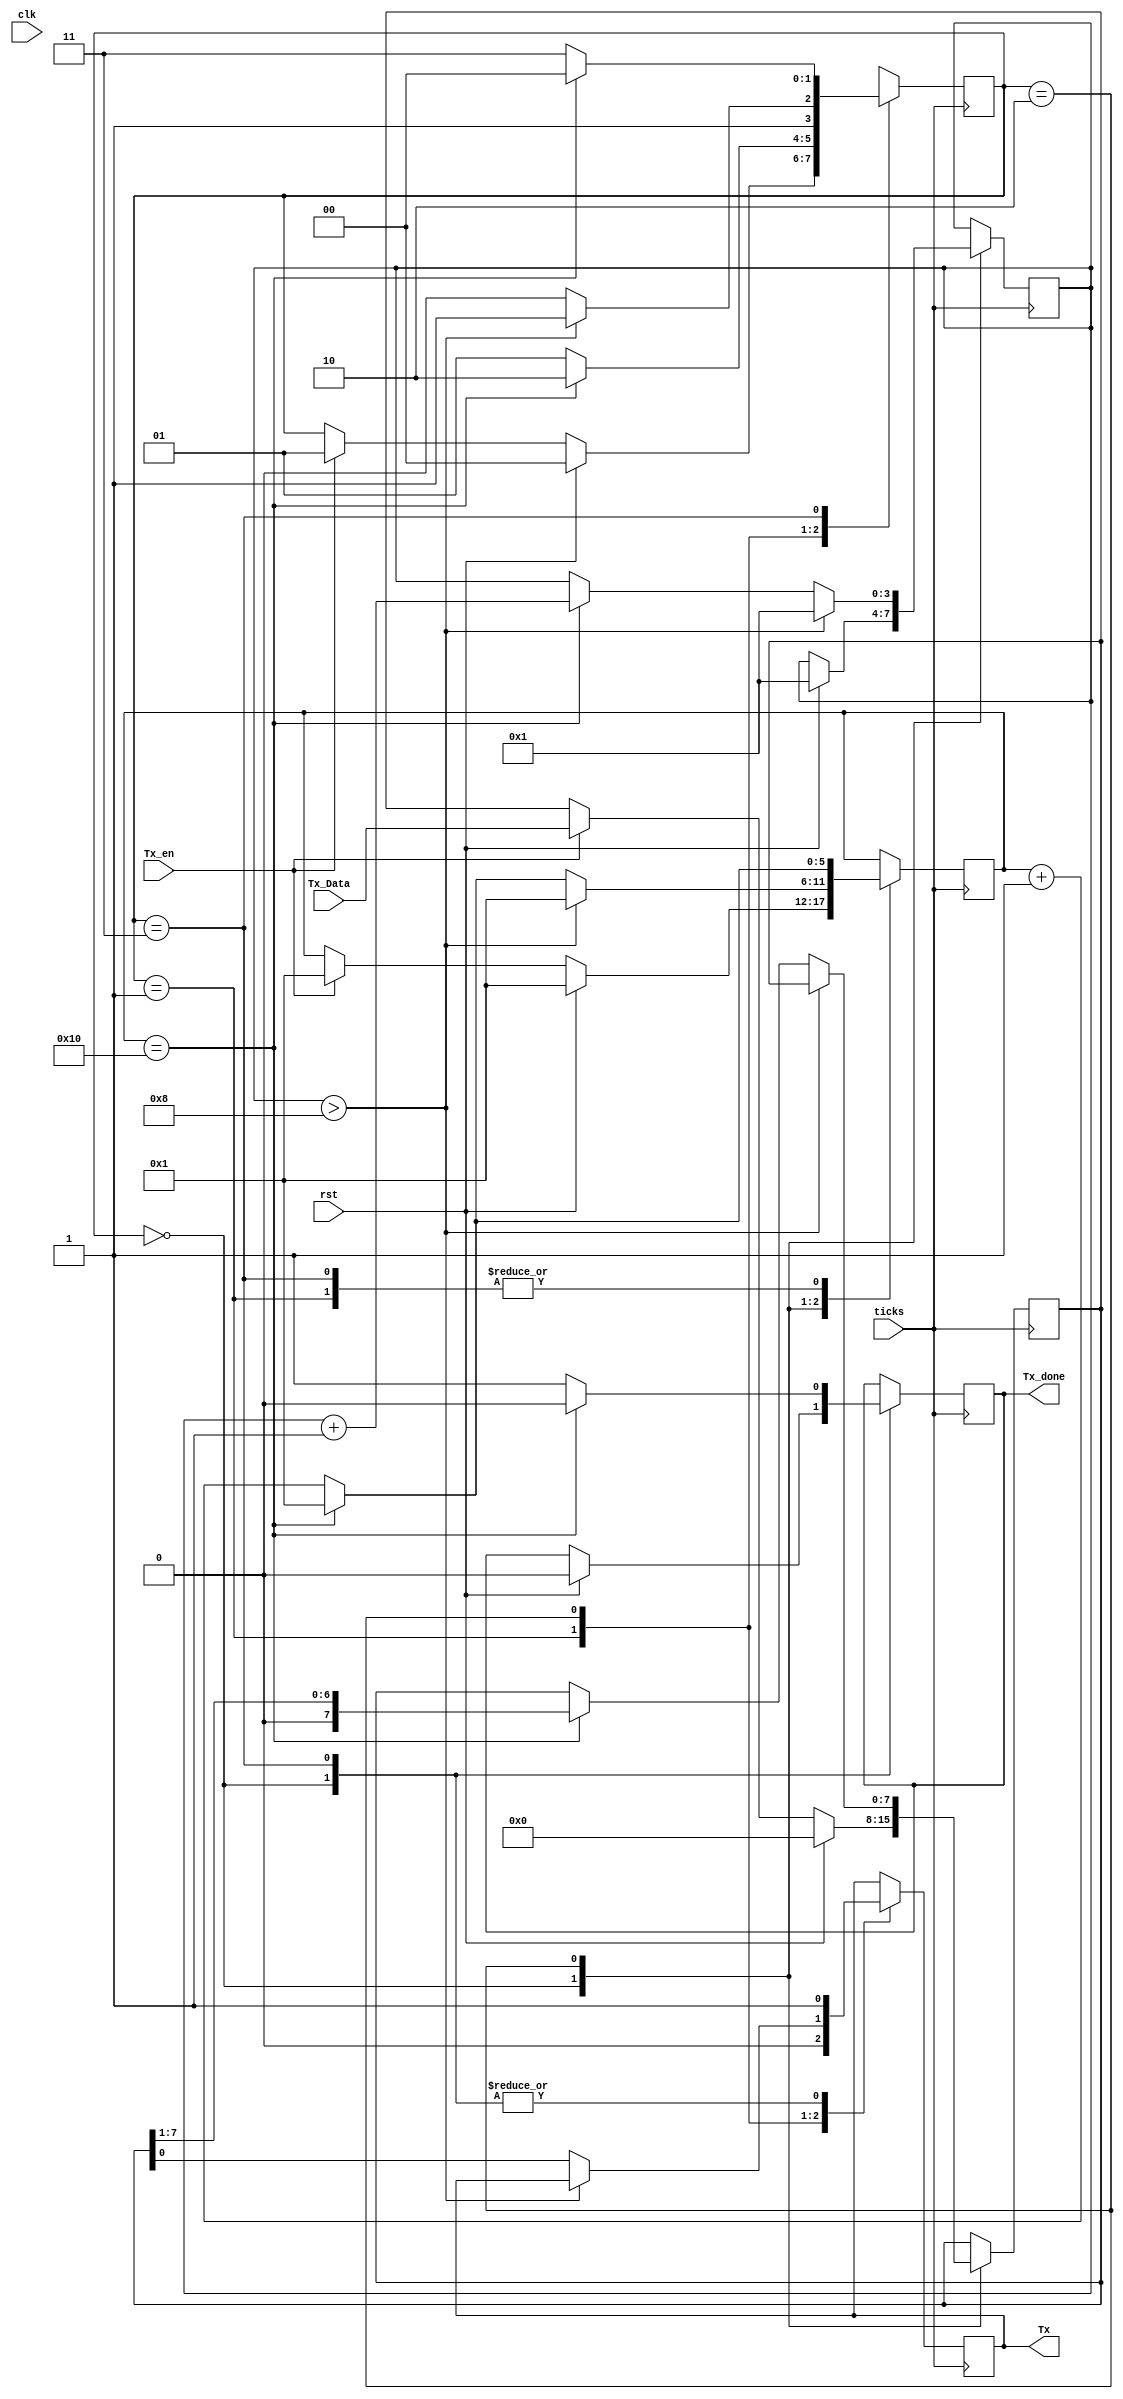
`timescale 1ns / 1ps


module UART_tx(
    input clk,
    input ticks,
    input rst,
    input [7:0] Tx_Data,
    input Tx_en,
    output reg Tx=1,
    output reg Tx_done=0
    );
    
    parameter IDLE = 2'b00, START = 2'b01, DATA=2'b10, STOP = 2'b11;
    parameter rate = 16;
    parameter NBITS = 8;
    reg [1:0] present_state;
    
    
    reg [5:0] counter;
    reg [3:0] bits_count;
    reg [7:0] temp_data;
    
    always @(posedge ticks)
    begin
        case(present_state)
        IDLE: begin
                if(rst) begin
                    present_state<=IDLE;
                    counter<=1;
                    bits_count<=1;
                    temp_data<=0;
                    Tx_done<=0;
                end
                else if(Tx_en) begin
                    present_state<=START;
                    counter<=1;
                    temp_data<=Tx_Data;
                end    
                else
                    present_state<=present_state;
                Tx<=1;
             end
        START: begin
                if(counter==rate) begin
                    present_state<=DATA;
                    counter<=1;
                end
                else begin
                    counter<=counter+1;
                    present_state<=START;
                end  
                Tx<=0;  
            end    
        DATA:   begin
                if(bits_count>NBITS) begin
                    bits_count<=1;
                    counter<=1;
                    present_state<=STOP;
                    end
                else begin
                    if(counter==rate) begin
                         counter<=1;
                         bits_count<=bits_count+1;
                         temp_data<= (temp_data>>1);
                         
                         end
                    else    begin
                         counter<=counter+1;
                     end
                    present_state<=DATA;
							Tx<=temp_data[0];
                end   
                
            end    
        STOP: begin
                if(counter==rate) begin
                    present_state<=IDLE;
                    counter<=1;
                    Tx_done<=0;
                end    
                else begin
                    counter<=counter+1;
                    present_state<=STOP;
                    Tx_done<=1;
                end    
                Tx<=1;
            end    
        default: begin
                    present_state<=IDLE;
                    counter<=1;
                    bits_count<=1;
                end  
        endcase 
    end        
endmodule